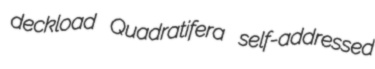
deckload Quadratifera self-addressed